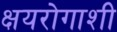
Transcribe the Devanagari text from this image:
क्षयरोगाशी